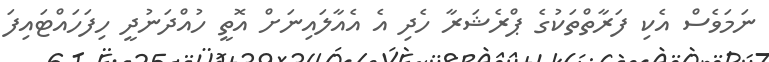
ނަމަވެސް އެކި ފަރާތްތަކުގެ ޕްރެޝަރާ ހެދި އެ އެއާލައިނަށް އޮތީ ހުއްދަނުދީ ހިފަހައްޓައިފަ